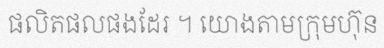
ផលិតផលផងដែរ ។ យោងតាមក្រុមហ៊ុន